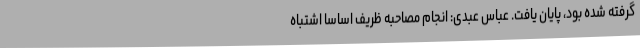
گرفته شده بود، پایان یافت. عباس عبدی: انجام مصاحبه ظریف اساسا اشتباه